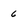
Character: 6